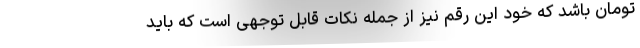
تومان باشد که خود این رقم نیز از جمله نکات قابل توجهی است که باید